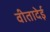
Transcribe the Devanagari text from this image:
वीतादेई